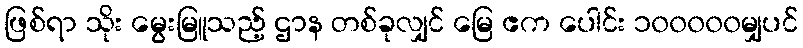
ဖြစ်ရာ သိုး မွေးမြူသည့် ဌာန တစ်ခုလျှင် မြေ ဧက ပေါင်း ၁၀၀၀၀၀မျှပင်